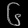
Digit: ၆